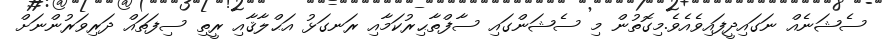
ސެޝަނެއް ނަގައިދީފައިވެއެވެ.މިގޮތުން މި ސެޝަންގައި ސާފްތާޙިރުކަމާއި ރަނގަޅު އަޙްލާޤާއި ރީތި ސިފަތައް ދަރިވަރުންނަށް